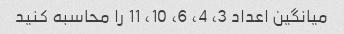
میانگین اعداد 3، 4، 6، 10، 11 را محاسبه کنید